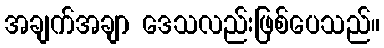
အချက်အချာ ဒေသလည်းဖြစ်ပေသည်။